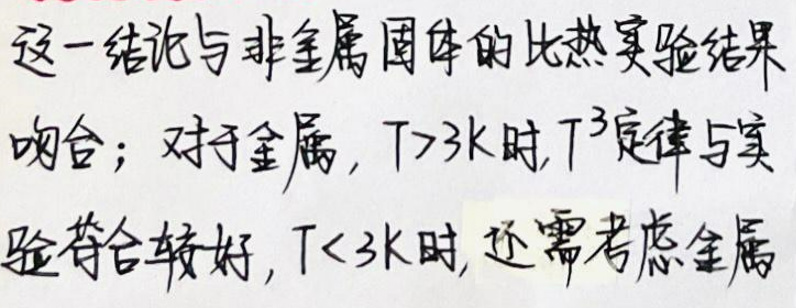
这一结论与非金属固体的比热实验结果吻合；对于金属，\(T>3K\)时，\(T^3\)定律与实验符合较好，\(T<3K\)时，还需考虑金属